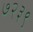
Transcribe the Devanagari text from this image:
७२३९